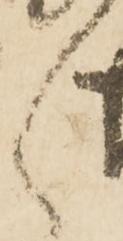
々